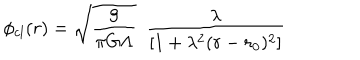
LaTeX: \phi _ { c l } ( r ) = { \sqrt { \frac { 9 } { \pi G \Lambda } } } ~ ~ \frac { \lambda } { [ 1 + \lambda ^ { 2 } ( r - r _ { 0 } ) ^ { 2 } ] }